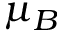
\mu _ { B }